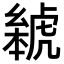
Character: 𬟰